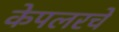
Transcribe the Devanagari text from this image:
केपलरचे